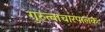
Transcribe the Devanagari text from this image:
गुरुत्वाचारपालकः